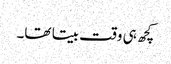
کچھ ہی وقت بیتا تھا۔